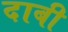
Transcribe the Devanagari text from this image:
दाबी